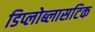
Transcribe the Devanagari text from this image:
डिप्लोब्लासटिक